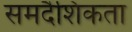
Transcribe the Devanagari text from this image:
समदैशिकता